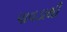
પાવડાથી